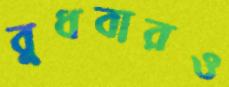
বুধবারও